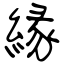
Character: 縁